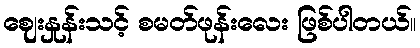
ဈေးနှုန်းသင့် စမတ်ဖုန်းလေး ဖြစ်ပါတယ်။